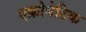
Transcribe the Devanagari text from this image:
एक्रोबेटिक